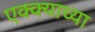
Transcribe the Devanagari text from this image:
एक्क्याच्या